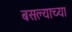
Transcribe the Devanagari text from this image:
बसल्याच्या